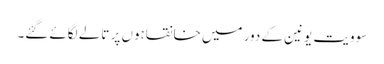
سو ویت یونین کے دور میں خانقاہوں پر تالے لگائے گئے۔